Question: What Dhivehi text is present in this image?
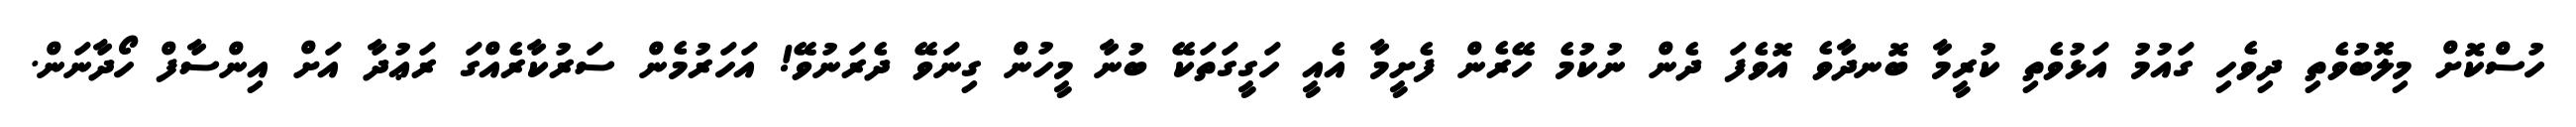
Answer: ހުސްކޮށް މިލޮބުވެތި ދިވެހި ގައުމު އަޅުވެތި ކުރީމާ ބޮނދާވެ އޮވެފަ ދެން ނުކުމެ ހޭރެން ފެށީމާ އެއީ ހަގީގަތަކޭ ބުނާ މީހުން ގިނަވޭ ދެރަނުވޭ! އަހަރުމެން ސަރުކާރެއްގަ ރަޢުދާ އަށް އިންސާފް ހޯދާނަން.